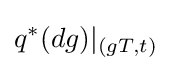
q^{*}(dg)|_{(gT,t)}